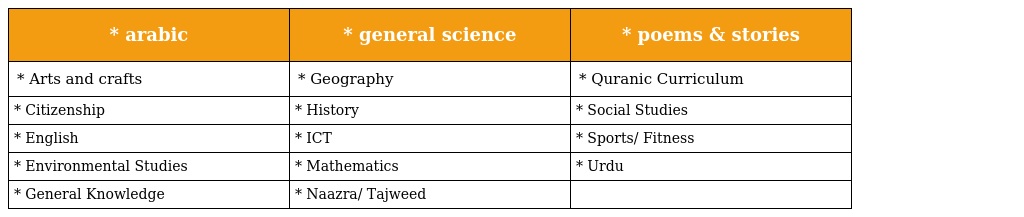
| * arabic | * general science | * poems & stories |
 | --- | --- | --- |
 | * Arts and crafts | * Geography | * Quranic Curriculum |
 | * Citizenship | * History | * Social Studies |
 | * English | * ICT | * Sports/ Fitness |
 | * Environmental Studies | * Mathematics | * Urdu |
 | * General Knowledge | * Naazra/ Tajweed |  |